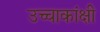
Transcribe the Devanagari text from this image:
उच्चाकांक्षी